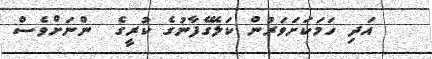
އަދި ހަމަކަށަވަރުން ކަލޭގެފާނުގެ ކުރީގެ  ންނަށްވެސް